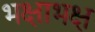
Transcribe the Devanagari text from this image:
भक्षाभक्ष